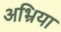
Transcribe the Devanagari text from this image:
अभ्रिया